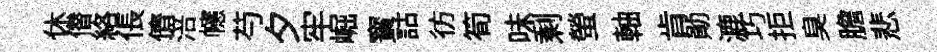
休僣絡倀儕涪幰芍夕牢崛寳詁彷筍味剩螢軸肯勛漉巧拒臭膽悲